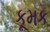
કૂમક